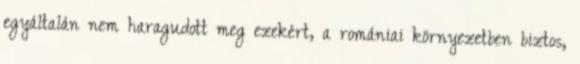
egyáltalán nem haragudott meg ezekért, a romániai környezetben biztos,